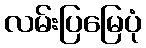
လမ်းပြမြေပုံ